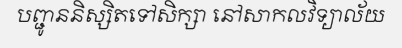
បញ្ជូននិស្សិតទៅសិក្សា នៅសាកលវិទ្យាល័យ